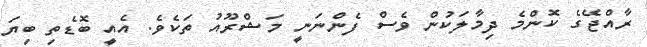
ރާއްޖޭގެ ކޮންމެ ދިމާލަކުން ވެސް ފެންނަނީ މަޝްރޫއު ތަކެވެ. އެއީ ބޮޑެތި ބިޔަ